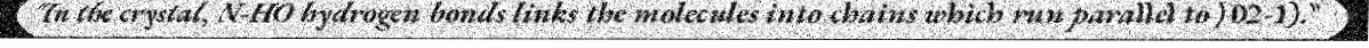
"In the crystal, N-HO hydrogen bonds links the molecules into chains which run parallel to [02-1]."